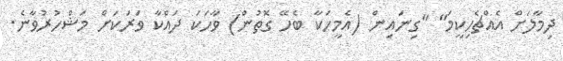
ދިމާލަށް އެއްޗެހިކީމަ" "ގިނައިން (އެމީހަކާ ބެހޭ ގޮތުން) ވާހަކަ ދައްކާ ވަރަކަށް މަޝްހުރުވާނެ.